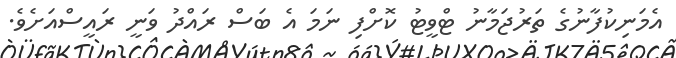
އެމަނިކުފާނުގެ ތަރުޖަމާނު ޓްވީޓު ކޮށްފި ނަމަ އެ ބަސް ރައްދު ވަނީ ރައީސްއަށެވެ.